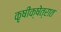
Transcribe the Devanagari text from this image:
कृषीक्षेत्रात